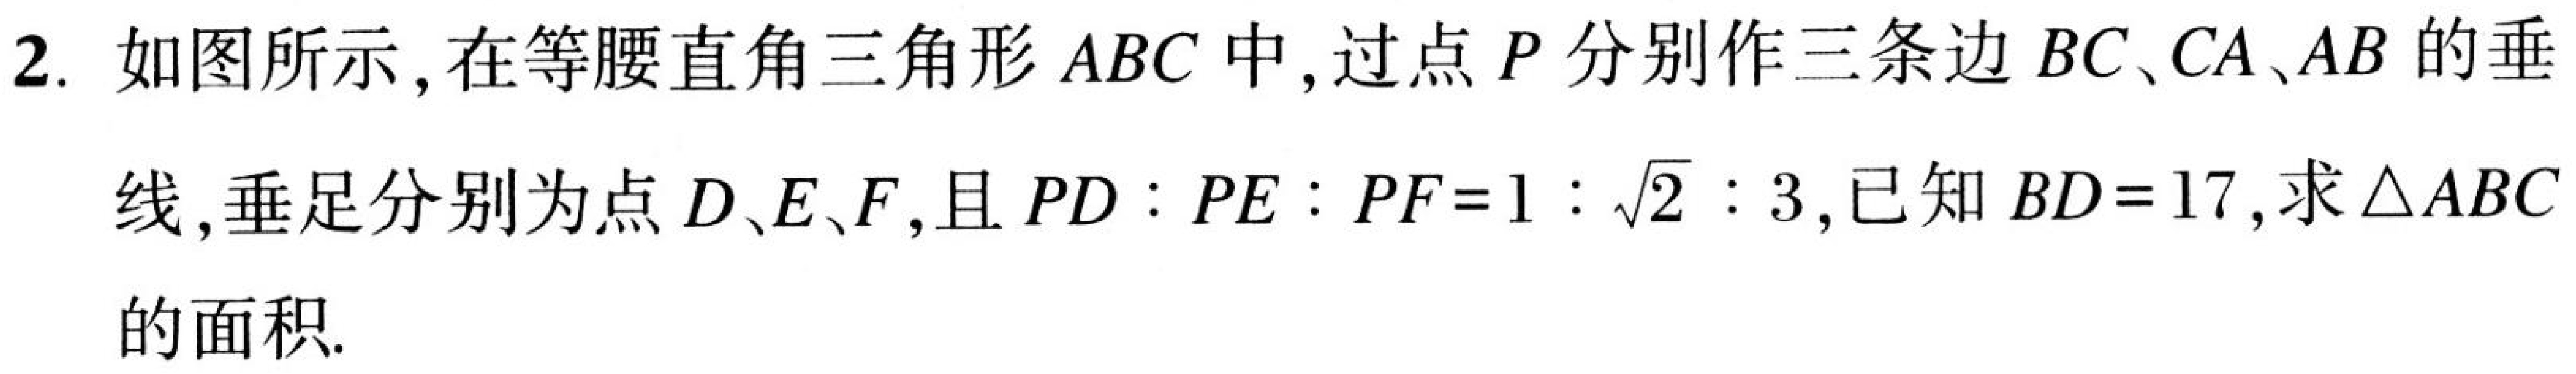
2. 如图所示，在等腰直角三角形\(ABC\)中，过点\(P\)分别作三条边\(BC、CA、AB\)的垂
线，垂足分别为点\(D、E、F\)，且\(PD:PE:PF = 1:\sqrt{2}:3\)，已知\(BD = 17\)，求\(\triangle ABC\)
的面积.